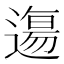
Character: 𲅰